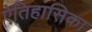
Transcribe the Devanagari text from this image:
ऐतिहासिका